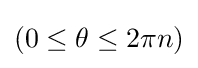
(0\leq \theta \leq 2\pi n)